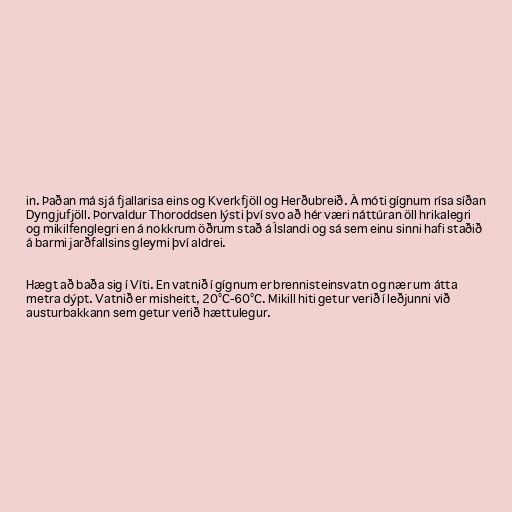
in. Þaðan má sjá fjallarisa eins og Kverkfjöll og Herðubreið. Á móti gígnum rísa síðan
Dyngjufjöll. Þorvaldur Thoroddsen lýsti því svo að hér væri náttúran öll hrikalegri
og mikilfenglegri en á nokkrum öðrum stað á Íslandi og sá sem einu sinni hafi staðið
á barmi jarðfallsins gleymi því aldrei.

Hægt að baða sig í Víti. En vatnið í gígnum er brennisteinsvatn og nær um átta
metra dýpt. Vatnið er misheitt, 20°C-60°C. Mikill hiti getur verið í leðjunni við
austurbakkann sem getur verið hættulegur.